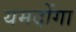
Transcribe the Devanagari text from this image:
यमदोंगा